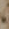
،